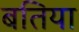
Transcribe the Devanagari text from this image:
बतिया